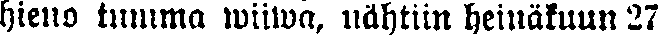
hieno tumma wiiwa, nähtiin heinäkuun 27